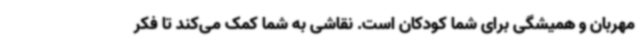
مهربان و همیشگی برای شما کودکان است. نقاشی به شما کمک می‌کند تا فکر